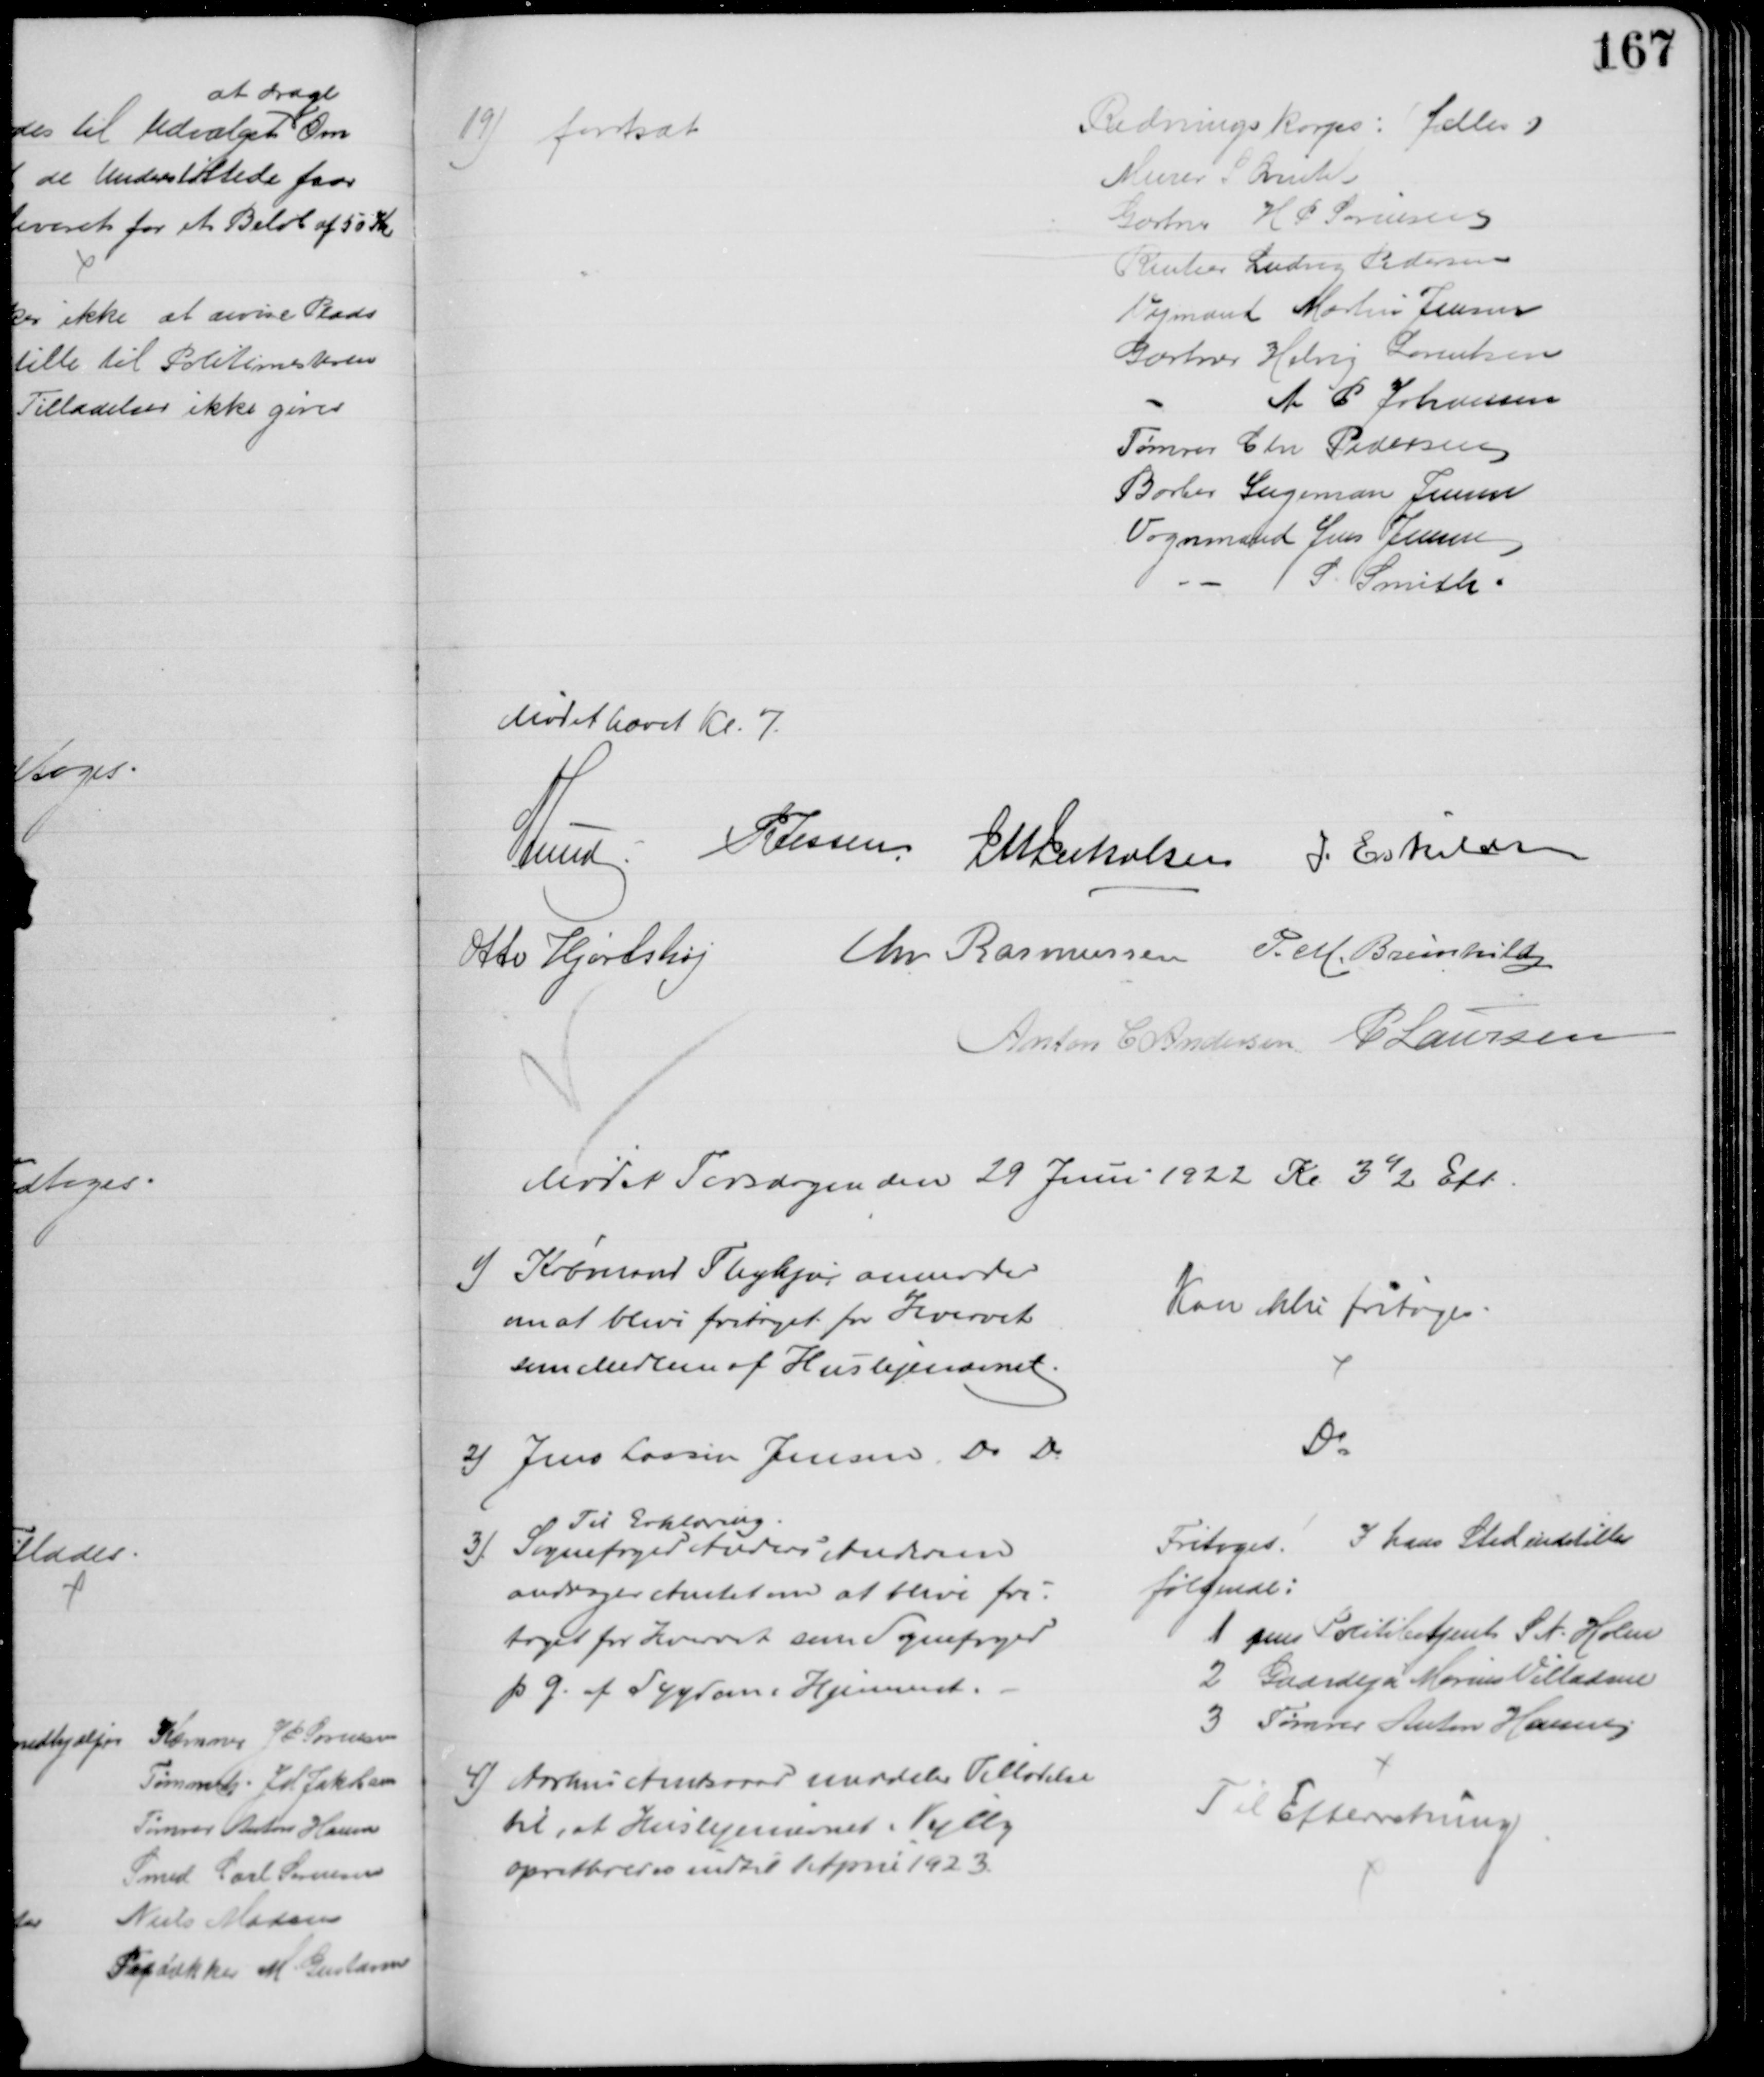
Transskription:
19) forstsat
Redningskorps: (fælles)
Murer S Qvintel
Gartner H P Sørensen
Rentier Ludvig Pedersen
Vejmand Martin Jensen
Gartner Helvig Lorentsen
A P Johansen
Tømrer Chr Pedersen
Barber Ingeman Jensen
Vognmand Jens Jensen
S. Smith.
Mødet hævet Kl. 7.
A Lund P Jessen J M Jakobsen J. Eskildsen
Otto Hjortshøj
Chr Rasmussen P. M. Breinhild
Anton C Andersen P Laursen
Mødet Torsdagen den 29 Juni 1922 Kl. 3½ Eft.
1) Købmand Thykjær anmoder
om at blive fritaget for Hvervet 
som Medlem af Huslejenævnet.
Kan ikke fritages
2) Jens Lassen Jensen, Do Do
Do
Til Erklæring
3) Sognefoged Anders Andersen
andrager Amtet om at blive fri-
taget for hvervet som Sognefoged
p. G. af Sygdom i Hjemmet.
Fritoges. I hans Sted indstilles
følgende:
1 pens Politibetjent S N. Holm
2 Gaardejer Marius Villadsen
3 Tømrer Anton Hansen
4) Aarhus Amtsraad meddeler Tilladelse
til, at Huslejenævnet i Vejlby
opretholdes indtil 1 April 1923.
Til Efterretning